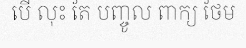
បើ លុះ តែ បញ្ចូល ពាក្យ ថែម